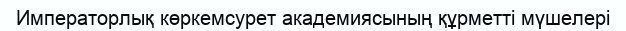
Императорлық көркемсурет академиясының құрметті мүшелері